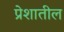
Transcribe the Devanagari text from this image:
प्रेशातील